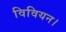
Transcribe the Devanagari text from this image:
विवियन।